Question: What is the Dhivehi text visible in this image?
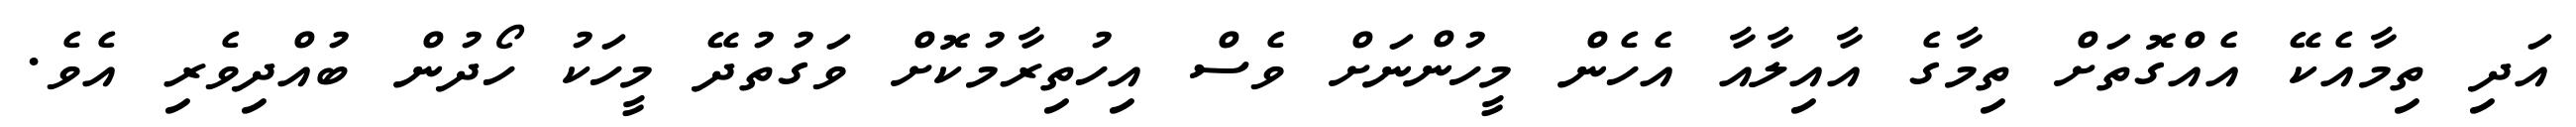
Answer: އަދި ތިމާއެކޭ އެއްގޮތަށް ތިމާގެ އާއިލާއާ އެހެން މީހުންނަށް ވެސް އިހުތިރާމުކޮށް ވަގުތުދޭ މީހަކު ހޯދުން ބުއްދިވެރި އެވެ.